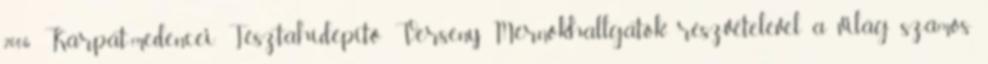
2006 Kárpát-medencei Tésztahídépítõ Verseny Mérnökhallgatók részvételével a világ számos